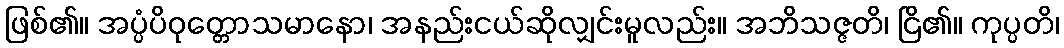
ဖြစ်၏။ အပ္ပံပိဝုတ္တောသမာနော၊ အနည်းငယ်ဆိုလျှင်းမူလည်း။ အဘိသဇ္ဇတိ၊ ငြိ၏။ ကုပ္ပတိ၊